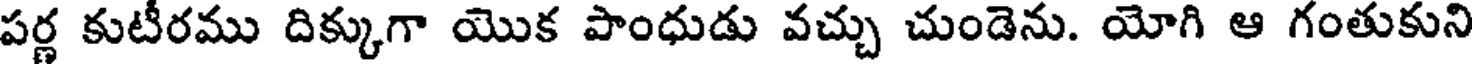
పర్ణ కుటీరము దిక్కుగా యొక పాంధుడు వచ్చు చుండెను. యోగి ఆ గంతుకుని